65_HS1-834228961_62-HQ-83894_Section_1
Agency: FBI
Page 13
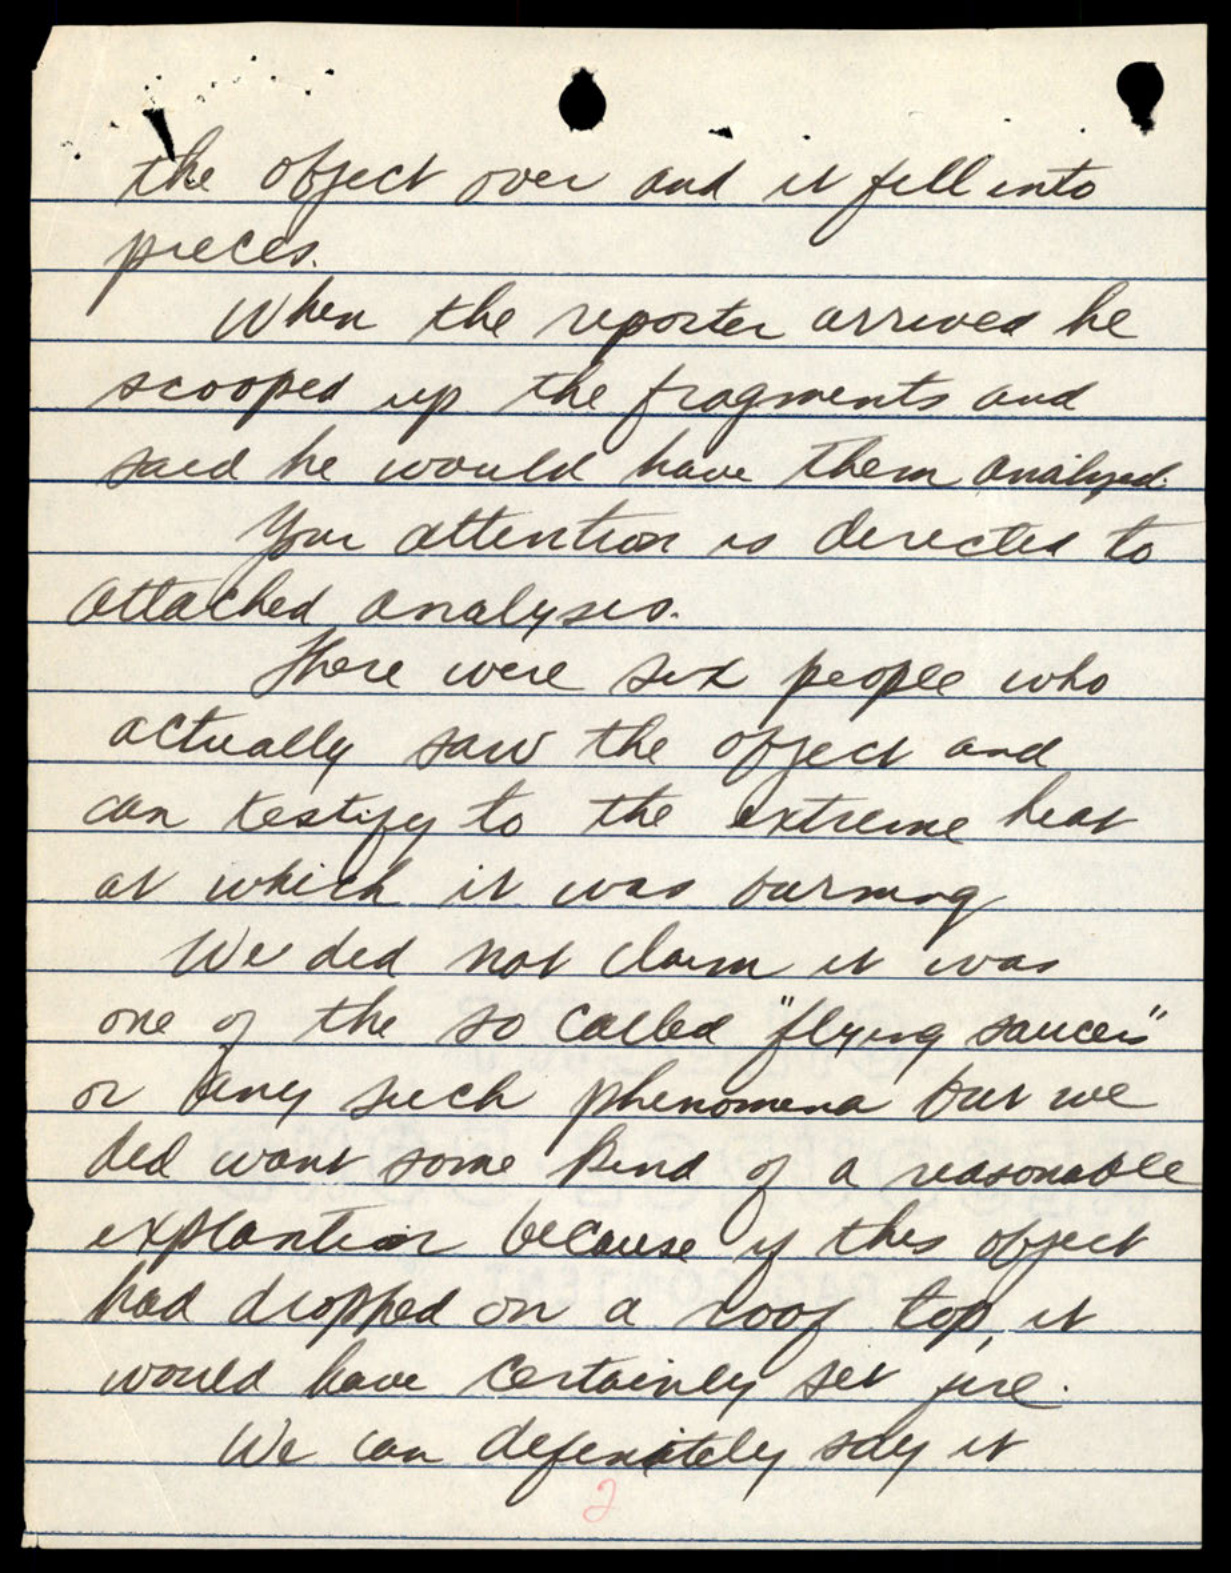